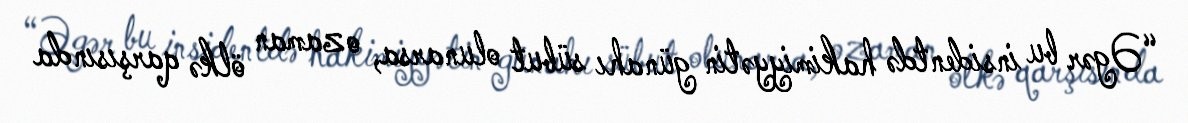
“Əgər bu insidentdə hakimiyyətin günahı sübut olunarsa, o zaman ölkə qarşısında